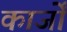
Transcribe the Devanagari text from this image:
कार्जों